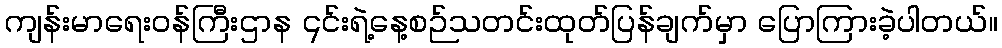
ကျန်းမာရေးဝန်ကြီးဌာန ၎င်းရဲ့နေ့စဉ်သတင်းထုတ်ပြန်ချက်မှာ ပြောကြားခဲ့ပါတယ်။